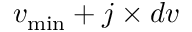
v _ { \operatorname* { m i n } } + j \times d v